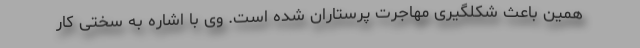
همین باعث شکلگیری مهاجرت پرستاران شده است. وی با اشاره به سختی کار